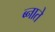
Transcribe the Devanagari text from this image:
ब्नाते